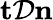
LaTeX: \mathbf{t}\mathcal{D}\mathbf{n}